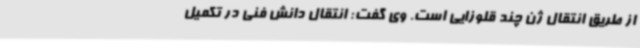
از طریق انتقال ژن چند قلوزایی است‌. وی گفت: انتقال دانش فنی در تکمیل